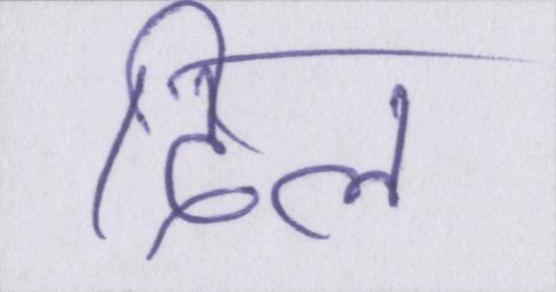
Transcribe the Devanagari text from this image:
दिल